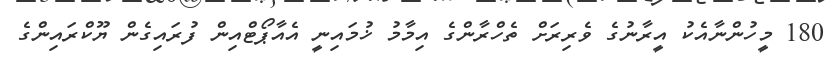
180 މީހުންނާއެކު އީރާނުގެ ވެރިރަށް ތެހްރާންގެ އިމާމު ޚުމައިނީ އެއާޕޯޓްއިން ފުރައިގެން ޔޫކްރައިންގެ